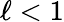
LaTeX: \ell<1